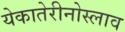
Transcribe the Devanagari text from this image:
येकातेरीनोस्लाव